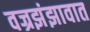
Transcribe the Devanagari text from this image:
वज्रझंझावात